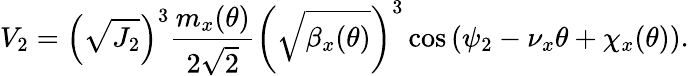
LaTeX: V_{2}=\left(\sqrt{J_{2}}\right)^{3}\frac{m_{x}(\theta)}{2\sqrt 2}\left(\sqrt{\beta_{x}(\theta)}\right)^{3}\cos\left(\psi_{2}-\nu_{x}\theta+\chi_{x}(\theta)\right).